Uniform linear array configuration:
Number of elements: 64
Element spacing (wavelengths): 0.75
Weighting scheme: uniform
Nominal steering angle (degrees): -60
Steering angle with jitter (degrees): -61.801
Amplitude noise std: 0.05
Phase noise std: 0.05

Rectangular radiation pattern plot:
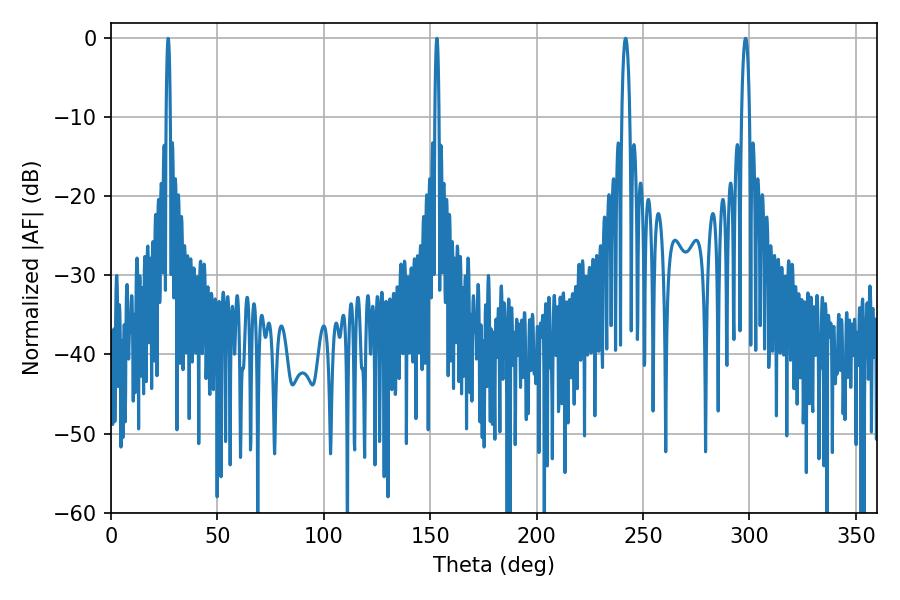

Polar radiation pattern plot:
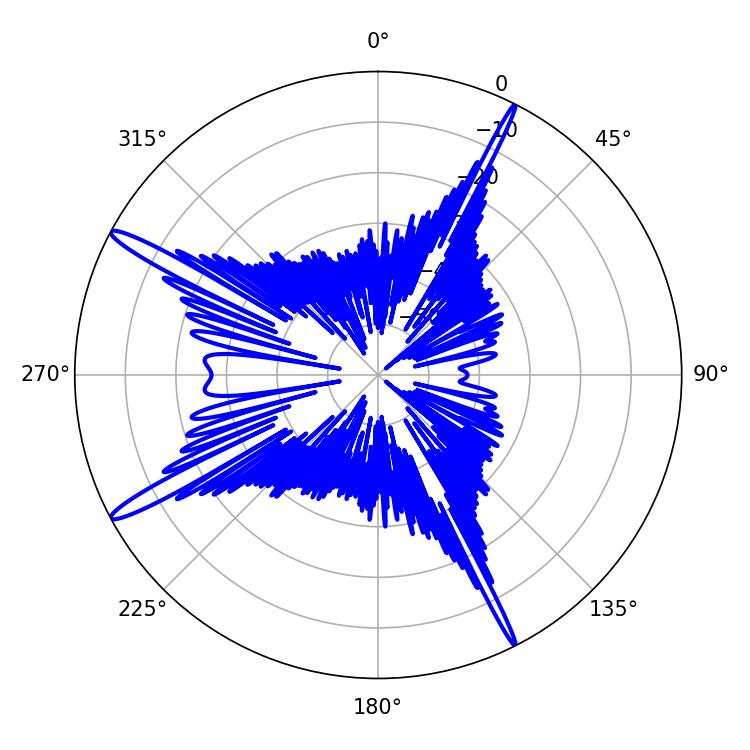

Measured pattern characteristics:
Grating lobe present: TRUE
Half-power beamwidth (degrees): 1.98
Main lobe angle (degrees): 241.74